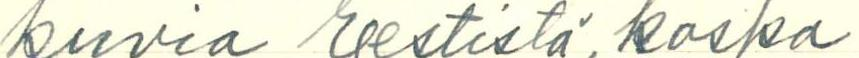
kuvia Eestistä, koska